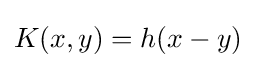
K(x,y)=h(x-y)